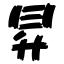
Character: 昇